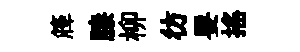
簰膝柳彷要搖